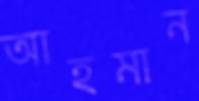
আহমান